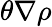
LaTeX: \theta\nabla\rho